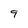
Character: 9